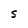
Character: S